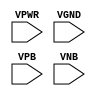
module sky130_fd_sc_hs__fill_diode (
    VPWR,
    VGND,
    VPB ,
    VNB
);

    input VPWR;
    input VGND;
    input VPB ;
    input VNB ;
endmodule